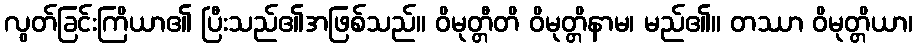
လွတ်ခြင်းကြိယာ၏ ပြီးသည်၏အဖြစ်သည်။ ဝိမုတ္တီတိ ဝိမုတ္တိနာမ၊ မည်၏။ တဿာ ဝိမုတ္တိယာ၊